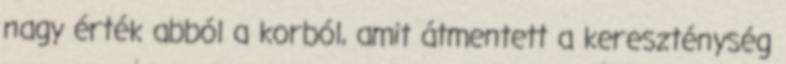
nagy érték abból a korból, amit átmentett a kereszténység